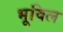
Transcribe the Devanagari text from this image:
भूविल